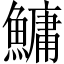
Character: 鱅